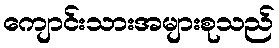
ကျောင်းသားအများစုသည်